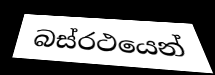
බස්රථයෙන්